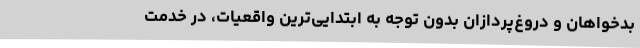
بدخواهان و دروغ‌پردازان بدون توجه به ابتدایی‌ترین واقعیات، در خدمت